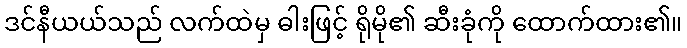
ဒင်နီယယ်သည် လက်ထဲမှ ဓါးဖြင့် ရိုမို၏ ဆီးခုံကို ထောက်ထား၏။